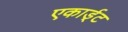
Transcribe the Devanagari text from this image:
एकार्ड्‌ट